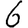
Digit: 6